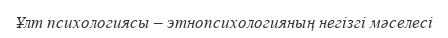
Ұлт психологиясы – этнопсихологияның негізгі мәселесі